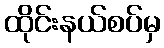
ထိုင်းနယ်စပ်မှ